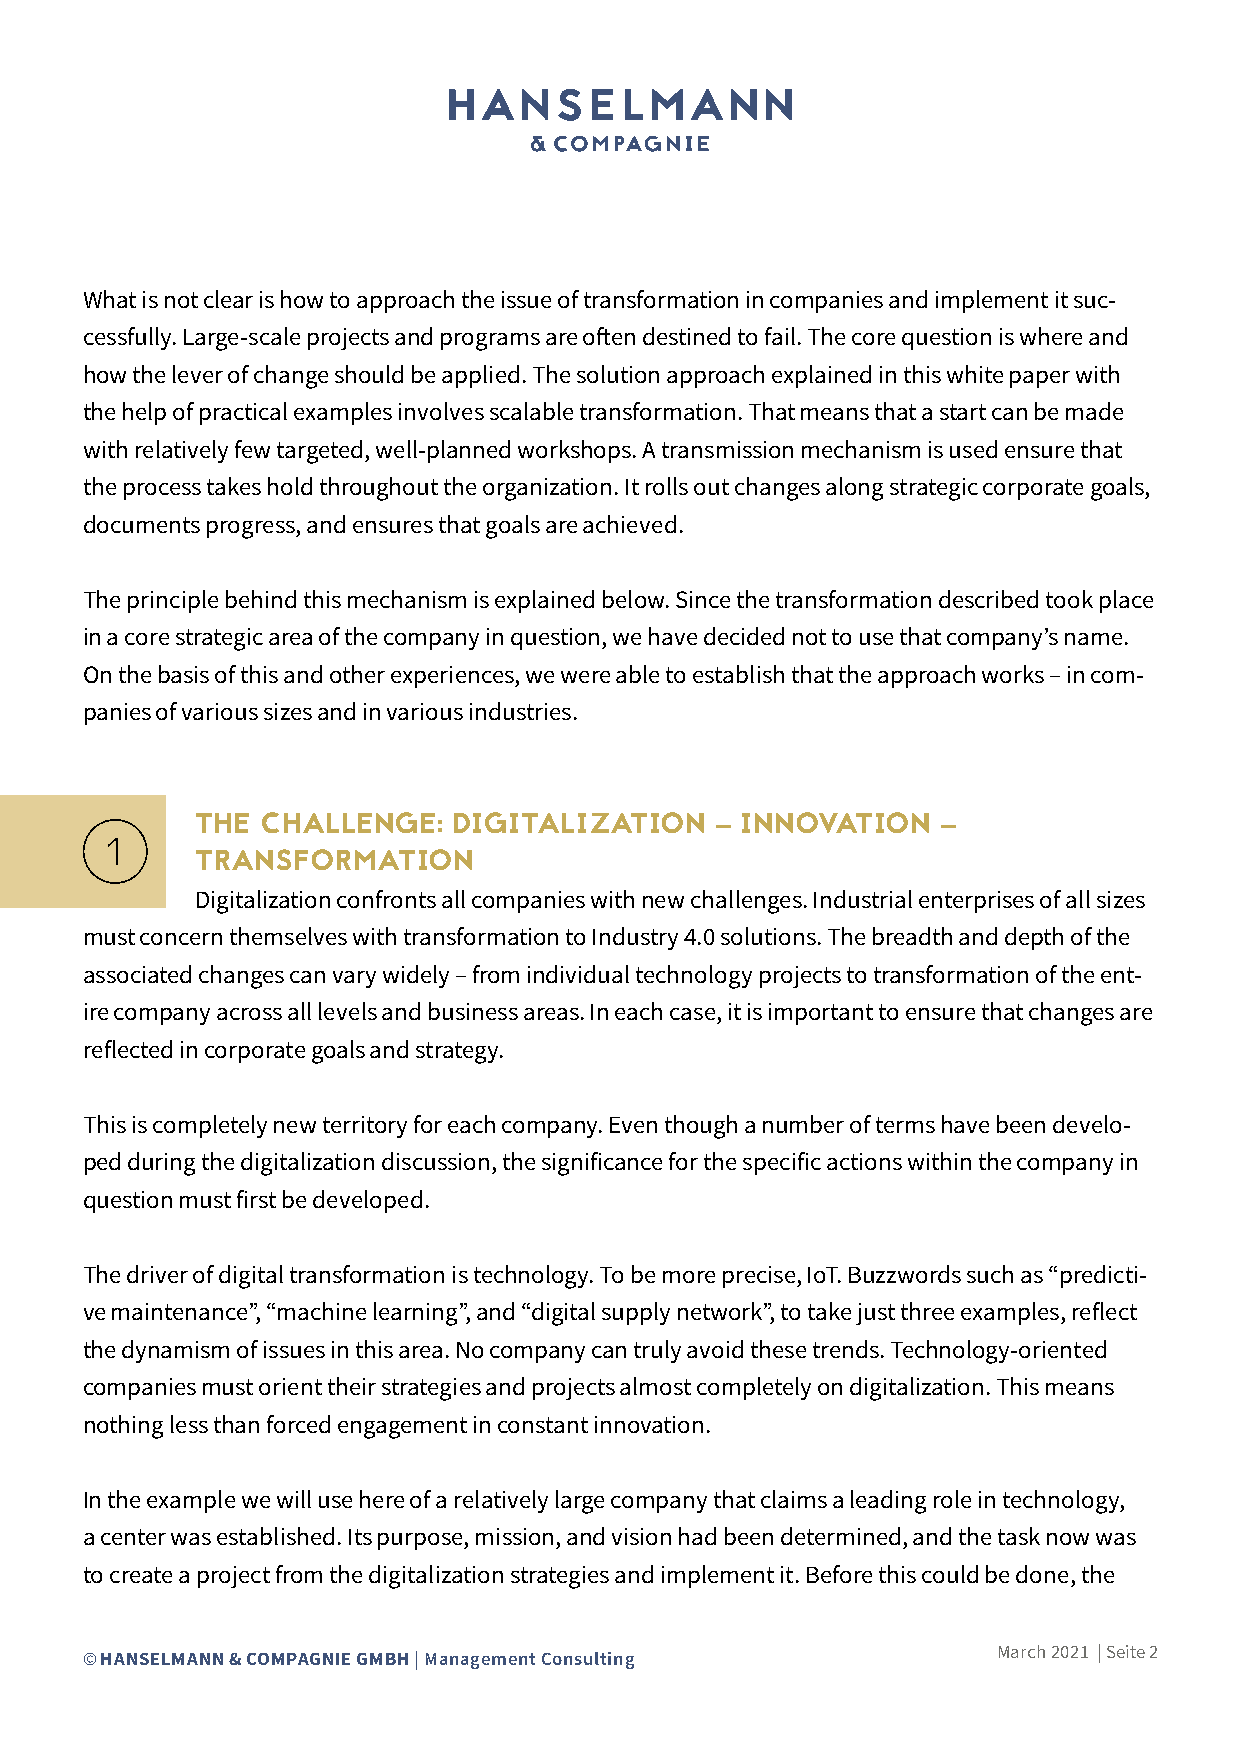
What is not clear is how to approach the issue of transformation in companies and implement it suc-
 cessfully. Large-scale projects and programs are often destined to fail. The core question is where and
 how the lever of change should be applied. The solution approach explained in this white paper with
 the help of practical examples involves scalable transformation. That means that a start can be made
 with relatively few targeted, well-planned workshops. A transmission mechanism is used ensure that
 the process takes hold throughout the organization. It rolls out changes along strategic corporate goals,
 documents progress, and ensures that goals are achieved.
 The principle behind this mechanism is explained below. Since the transformation described took place
 in a core strategic area of the company in question, we have decided not to use that company’s name.
 On the basis of this and other experiences, we were able to establish that the approach works – in com-
 panies of various sizes and in various industries.
 THE CHALLENGE:   DIGITALIZATION   – INNOVATION   –
 TRANSFORMATION
 Digitalization confronts all companies with new challenges. Industrial enterprises of all sizes
 must concern themselves with transformation to Industry 4.0 solutions. The breadth and depth of the
 associated changes can vary widely – from individual technology projects to transformation of the ent-
 ire company across all levels and business areas. In each case, it is important to ensure that changes are
 reflected in corporate goals and strategy.
 This is completely new territory for each company. Even though a number of terms have been develo-
 ped during the digitalization discussion, the significance for the specific actions within the company in
 question must first be developed.
 The driver of digital transformation is technology. To be more precise, IoT. Buzzwords such as “predicti-
 ve maintenance”, “machine learning”, and “digital supply network”, to take just three examples, reflect
 the dynamism of issues in this area. No company can truly avoid these trends. Technology-oriented
 companies must orient their strategies and projects almost completely on digitalization. This means
 nothing less than forced engagement in constant innovation.
 In the example we will use here of a relatively large company that claims a leading role in technology,
 a center was established. Its purpose, mission, and vision had been determined, and the task now was
 to create a project from the digitalization strategies and implement it. Before this could be done, the
 March 2021 | Seite 2
 © HANSELMANN & COMPAGNIE GMBH | Management Consulting